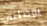
يوصلني